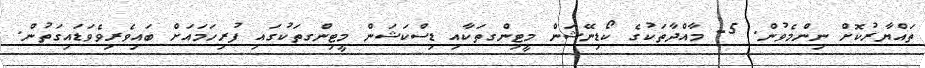
ތައްޔާރުކޮށް ނިންމެވުން. 5- މާއްދާތަކުގެ ކޯޑިނޭޝަން މީޓިންގތަކާއި ޑިސްކަޝަން މީޓިންގތަކުގައި ފުރިހަމައަށް ބައިވެރިވެވަޑައިގަތުން.